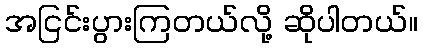
အငြင်းပွားကြတယ်လို့ ဆိုပါတယ်။